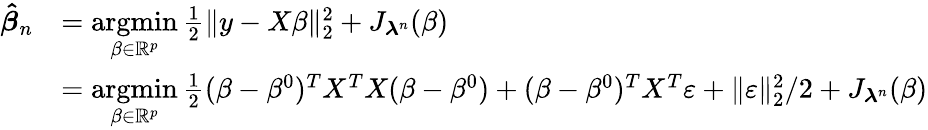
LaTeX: \begin{array}{rl}{\boldsymbol{\hat{\beta}}_{n}}&{=\underset{\beta\in\mathbb{R}^{p}}{\operatorname{argmin}}\frac{1}{2}\Vert y-X\beta\Vert_{2}^{2}+J_{\boldsymbol{\lambda}^{n}}(\beta)}\\ &{=\underset{\beta\in\mathbb{R}^{p}}{\operatorname{argmin}}\frac{1}{2}(\beta-\beta^{0})^{T}X^{T}X(\beta-\beta^{0})+(\beta-\beta^{0})^{T}X^{T}\varepsilon+\Vert\varepsilon\Vert_{2}^{2}/2+J_{\boldsymbol{\lambda}^{n}}(\beta)}\end{array}